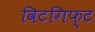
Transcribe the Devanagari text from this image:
विटगिफ्ट